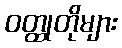
ဝတ္ထုတိုများ